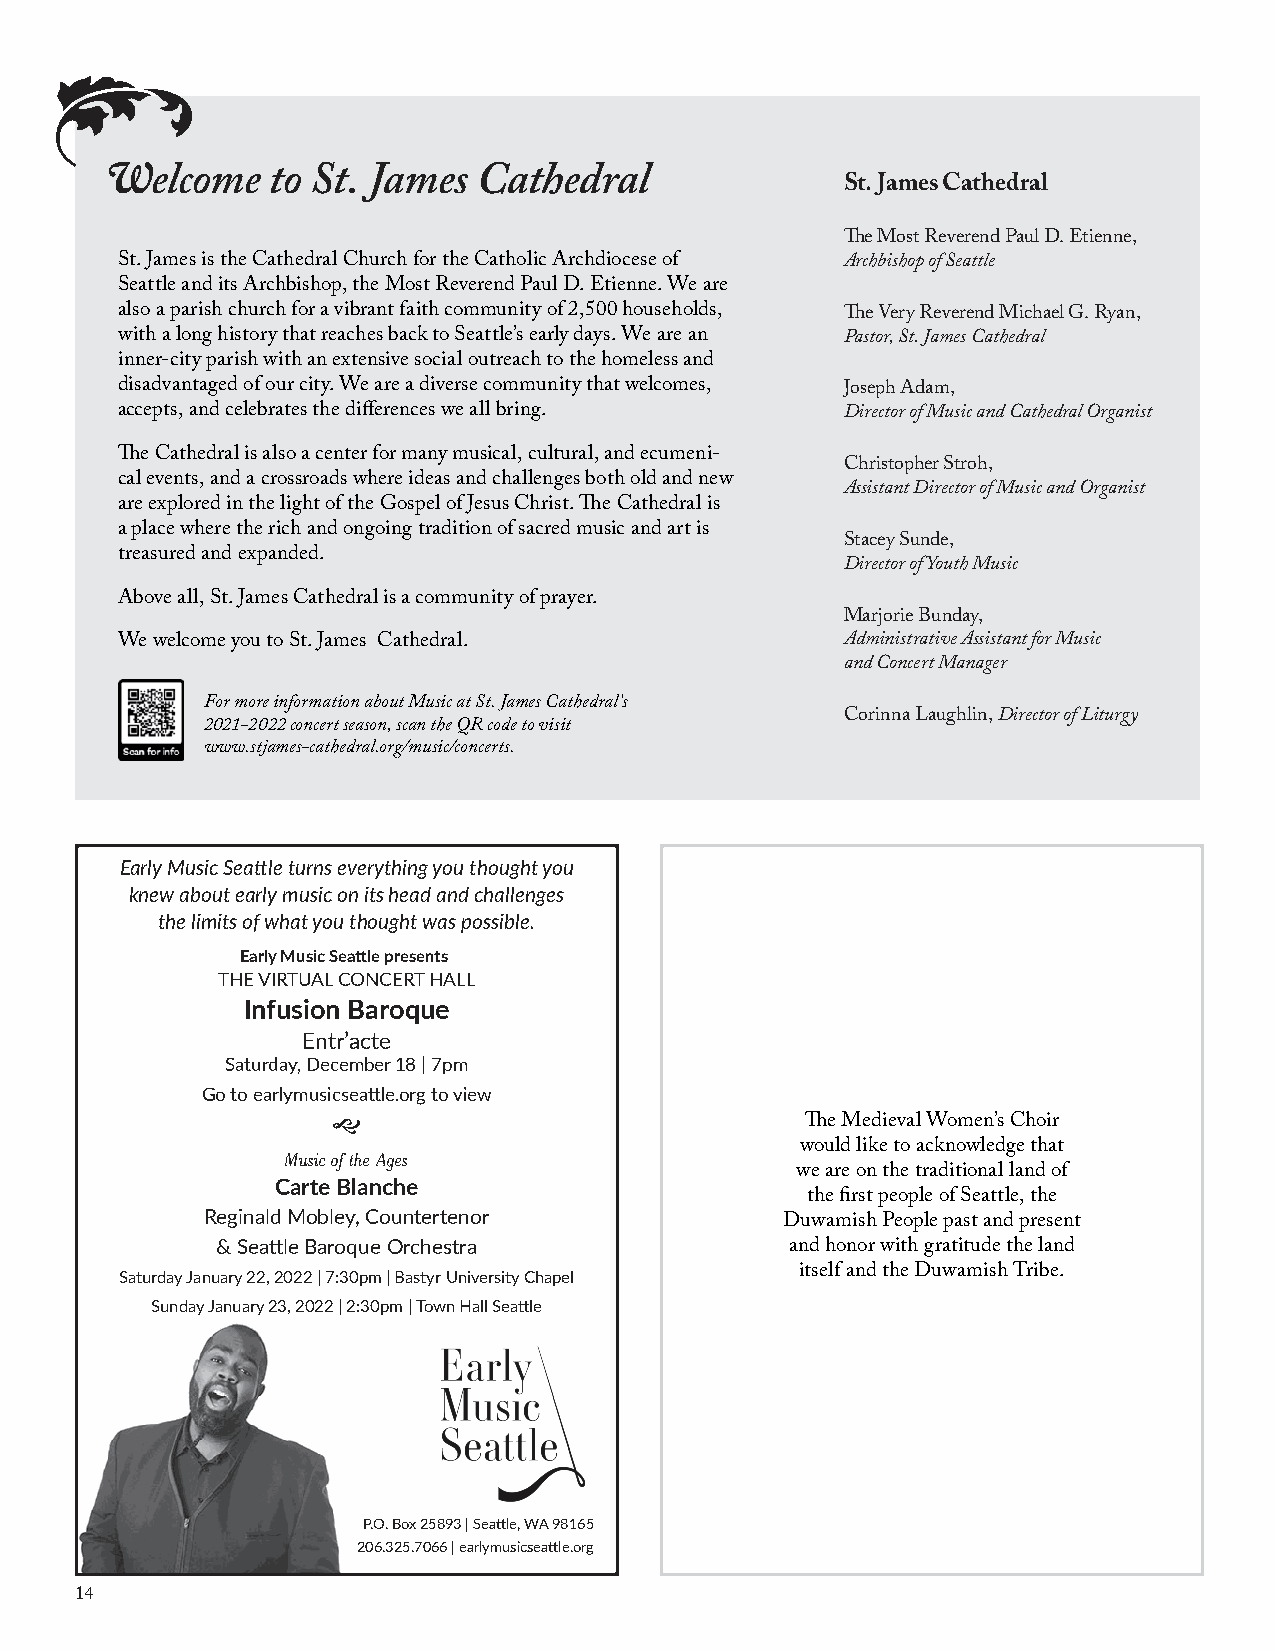
W
 elcome  to St. James  Cathedral               St. James Cathedral
 The Most Reverend Paul D. Etienne,
 St. James is the Cathedral Church for the Catholic Archdiocese of Archbishop of Seattle
 Seattle and its Archbishop, the Most Reverend Paul D. Etienne. We are
 also a parish church for a vibrant faith community of 2,500 households, The Very Reverend Michael G. Ryan,
 with a long history that reaches back to Seattle’s early days. We are an Pastor, St. James Cathedral
 inner-city parish with an extensive social outreach to the homeless and
 disadvantaged of our city. We are a diverse community that welcomes, Joseph Adam,
 accepts, and celebrates the differences we all bring. Director of Music and Cathedral Organist
 The Cathedral is also a center for many musical, cultural, and ecumeni-
 Christopher Stroh,
 cal events, and a crossroads where ideas and challenges both old and new
 Assistant Director of Music and Organist
 are explored in the light of the Gospel of Jesus Christ. The Cathedral is
 a place where the rich and ongoing tradition of sacred music and art is
 Stacey Sunde,
 treasured and expanded.
 Director of Youth Music
 Above all, St. James Cathedral is a community of prayer.
 Marjorie Bunday,
 We welcome you to St. James Cathedral.          Administrative Assistant for Music
 and Concert Manager
 For more information about Music at St. James Cathedral’s
 Corinna Laughlin, Director of Liturgy
 2021-2022 concert season, scan the QR code to visit
 www.stjames-cathedral.org/music/concerts.
 Early Music Seattle turns everything you thought you
 knew about early music on its head and challenges
 the limits of what you thought was possible.
 Early Music Seattle presents
 THE VIRTUAL CONCERT HALL
 Infusion Baroque
 Entr’acte
 Saturday, December 18 | 7pm
 Go to earlymusicseattle.org to view
 g
 The Medieval Women’s Choir
 would like to acknowledge that
 Music of the Ages
 we are on the traditional land of
 Carte Blanche
 the first people of Seattle, the
 Reginald Mobley, Countertenor
 Duwamish People past and present
 & Seattle Baroque Orchestra
 and honor with gratitude the land
 Saturday January 22, 2022 | 7:30pm | Bastyr University Chapel itself and the Duwamish Tribe.
 Sunday January 23, 2022 | 2:30pm | Town Hall Seattle
 P.O. Box 25893 | Seattle, WA 98165
 206.325.7066 | earlymusicseattle.org
 14